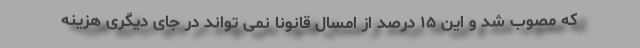
که مصوب شد و این ۱۵ درصد از امسال قانونا نمی تواند در جای دیگری هزینه